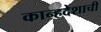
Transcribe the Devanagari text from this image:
कान्हदेशाची